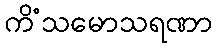
ကိံသမောသရဏာ